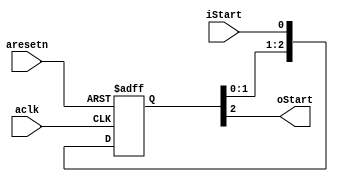
module Delay_3(
	input  aclk,
	input  aresetn,
	input  iStart,
	output oStart
);

reg [2:0] Start_Delay; // 

always @(posedge aclk or negedge aresetn) begin
    if(!aresetn) begin
        Start_Delay <= 0;
    end
    else begin
        Start_Delay[0] <= iStart;
        Start_Delay[1] <= Start_Delay[0];
        Start_Delay[2] <= Start_Delay[1];
    end
end

assign oStart = Start_Delay[2];

endmodule